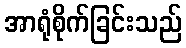
အာရုံစိုက်ခြင်းသည်